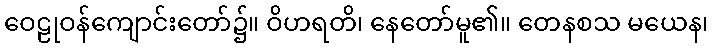
ဝေဠုဝန်ကျောင်းတော်၌။ ဝိဟရတိ၊ နေတော်မူ၏။ တေနစသ မယေန၊